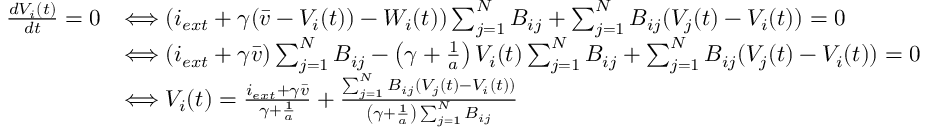
\begin{array} { r l } { \frac { d V _ { i } ( t ) } { d t } = 0 } & { \Longleftrightarrow ( i _ { e x t } + \gamma ( \bar { v } - V _ { i } ( t ) ) - W _ { i } ( t ) ) \sum _ { j = 1 } ^ { N } B _ { i j } + \sum _ { j = 1 } ^ { N } B _ { i j } ( V _ { j } ( t ) - V _ { i } ( t ) ) = 0 } \\ & { \Longleftrightarrow ( i _ { e x t } + \gamma \bar { v } ) \sum _ { j = 1 } ^ { N } B _ { i j } - \left( \gamma + \frac { 1 } { a } \right) V _ { i } ( t ) \sum _ { j = 1 } ^ { N } B _ { i j } + \sum _ { j = 1 } ^ { N } B _ { i j } ( V _ { j } ( t ) - V _ { i } ( t ) ) = 0 } \\ & { \Longleftrightarrow V _ { i } ( t ) = \frac { i _ { e x t } + \gamma \bar { v } } { \gamma + \frac { 1 } { a } } + \frac { \sum _ { j = 1 } ^ { N } B _ { i j } ( V _ { j } ( t ) - V _ { i } ( t ) ) } { \left( \gamma + \frac { 1 } { a } \right) \sum _ { j = 1 } ^ { N } B _ { i j } } } \end{array}